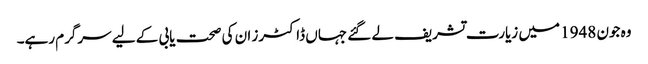
وہ جون 1948 میں زیارت تشریف لے گئے جہاں ڈاکٹرز ان کی صحت یابی کے لیے سرگرم رہے۔